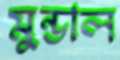
মুন্ডাল